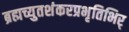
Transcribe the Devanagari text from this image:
ब्रह्मच्युतशंकरप्रभृतिभिर्‌